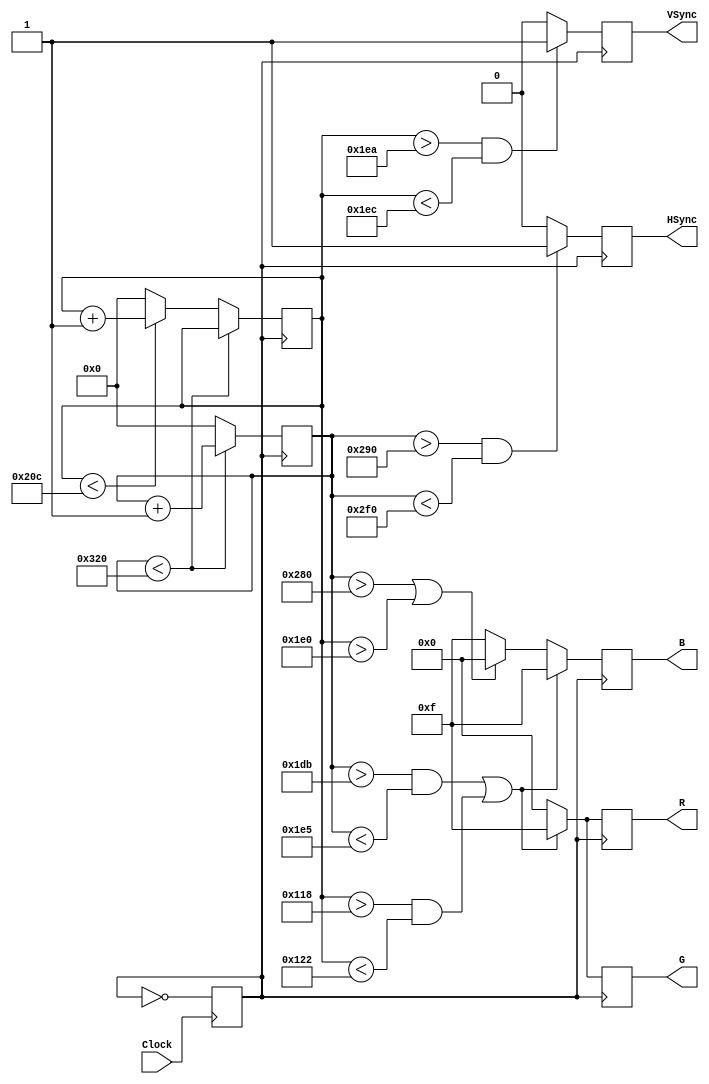
module sicro(Clock, HSync, VSync, R, G, B);


//INPUTS
input Clock ;
//OUTPUTS
output reg HSync;
output reg VSync;
output reg [3:0] R;
output reg [3:0] G;
output reg [3:0] B;

//HORIZONTAL TIMING CONSTANTS
localparam hva=640; //visible area
localparam hfp=16; //front porch 
localparam hsp=96; //sync pulse
localparam hbp=48; //front porch

//HORIZONTAL TIMING CONSTANTS
localparam vva=480; //visible area
localparam vfp=10; //front porch 
localparam vsp=2; //sync pulse
localparam vbp=32; //front porch

reg clkr;


always @(posedge Clock)
begin
    clkr <= ~clkr;
end

reg [9:0] HPOS = 10'b0;

reg [9:0] VPOS = 10'b0;

always @(posedge clkr) begin
    if( HPOS < (hva+hfp+hsp+hbp) )
        HPOS <= HPOS + 1;
    else
        begin 
            HPOS <= 1'b0;
            if(VPOS < (vva+vfp+vsp+vbp))
                VPOS <= VPOS + 1;
            else
                VPOS <= 1'b0;
        end

    if(HPOS > (hva+hfp) && HPOS < (hva+hfp+hsp))
        HSync <= 1'b1;
    else
        HSync <= 1'b0;

    if(VPOS > (vva+vfp) && VPOS < (vva+vfp+vsp))
        VSync <= 1'b1;
    else
        VSync <= 1'b0;

    if((HPOS > hva) || (VPOS > vva))
        begin
            R <= 1'b0;
            G <= 1'b0;
            B <= 1'b0;
        end
    else
        begin
            R <= 4'b0000;
            G <= 4'b0000;
            B <= 4'b1111;
        end
        if ((HPOS > 475 && HPOS < 485) || (VPOS > 280 && VPOS < 290))
            begin
                R <= 4'b1111;
                G <= 4'b1111;
                B <= 4'b1111;
            end    
end
endmodule